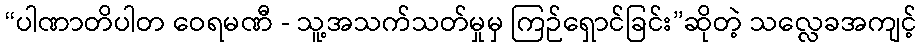
“ပါဏာတိပါတ ဝေရမဏီ - သူ့အသက်သတ်မှုမှ ကြဉ်ရှောင်ခြင်း”ဆိုတဲ့ သလ္လေခအကျင့်